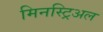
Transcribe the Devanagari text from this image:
मिनस्ट्रिअल